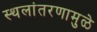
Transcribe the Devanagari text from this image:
स्थलांतरणामुळे